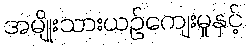
အမျိုးသားယဉ်ကျေးမှုနှင့်